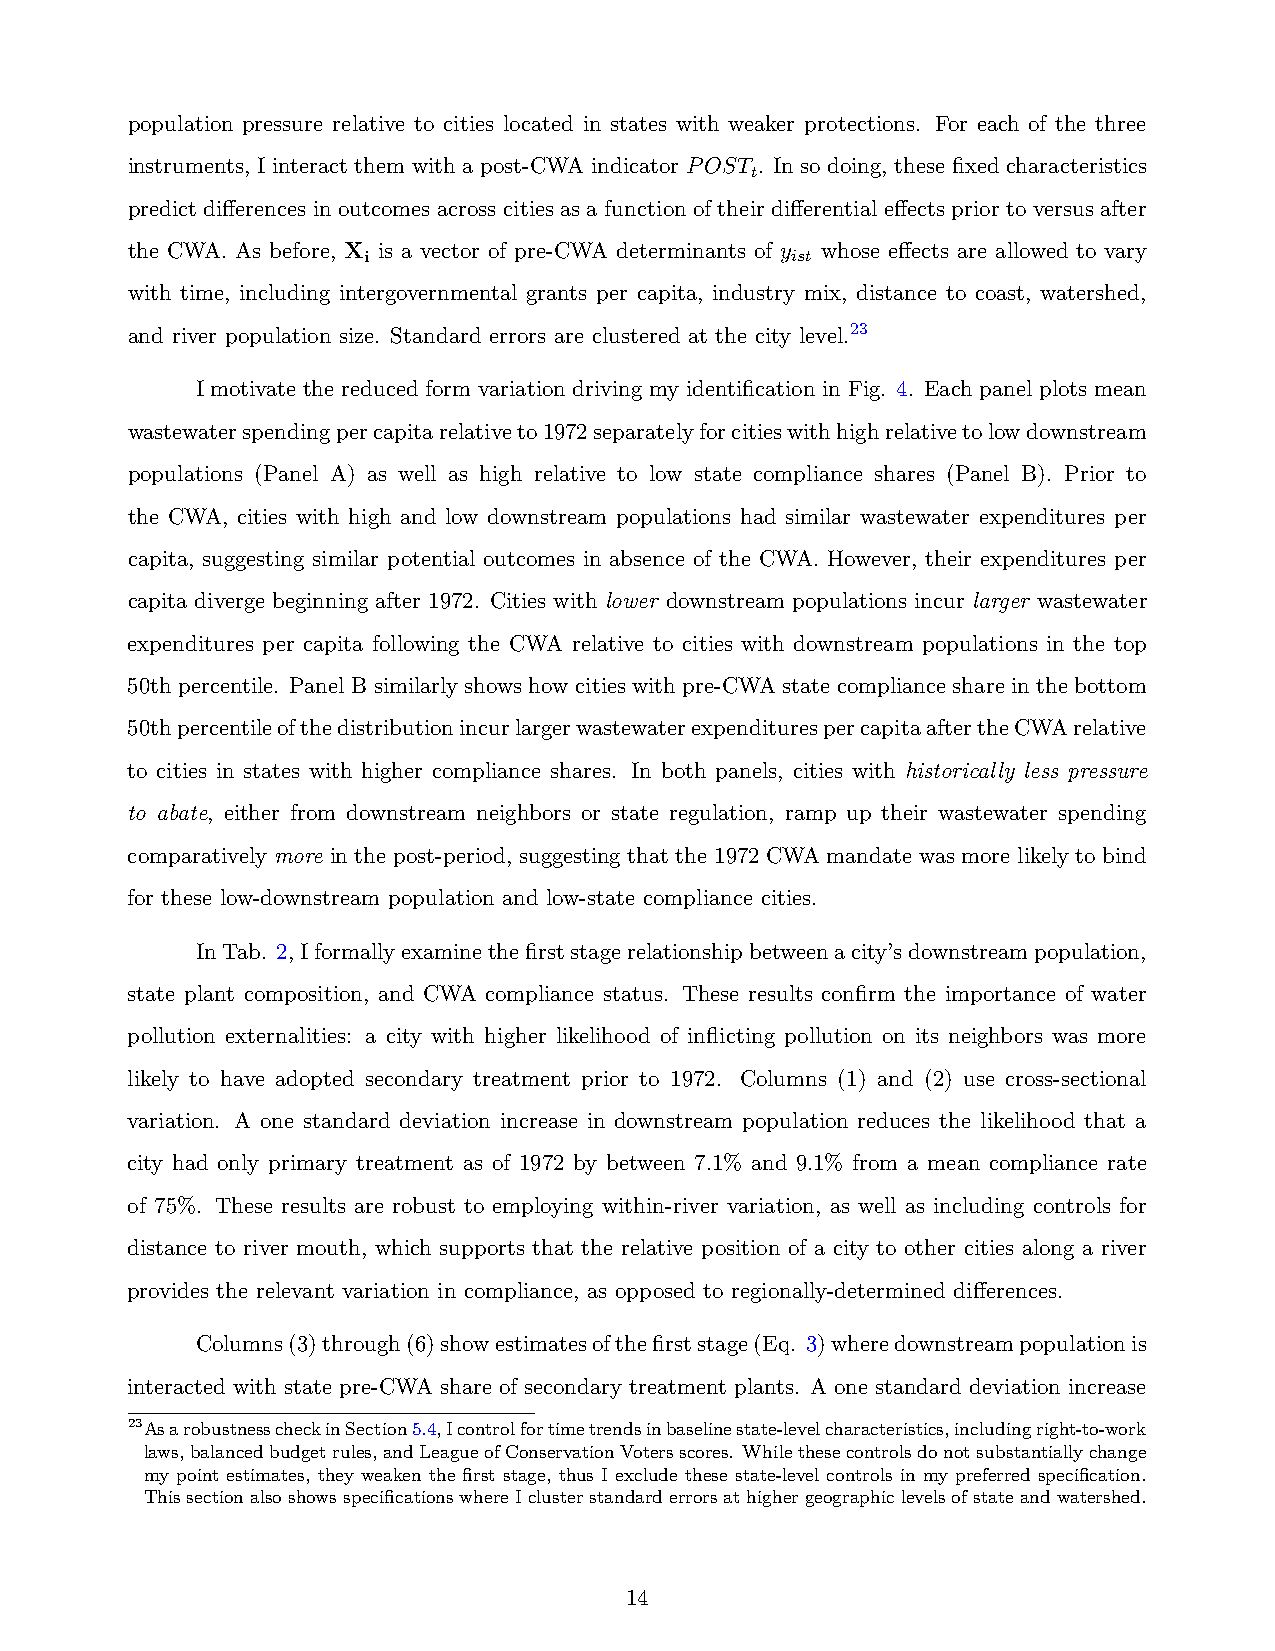
population pressure relative to cities located in states with weaker protections. For each of the three
 instruments, I interact them with a post-CWA indicator POST . In so doing, these fixed characteristics
 t
 predict differences in outcomes across cities as a function of their differential effects prior to versus after
 the CWA. As before, X is a vector of pre-CWA determinants of y whose effects are allowed to vary
 i                           ist
 with time, including intergovernmental grants per capita, industry mix, distance to coast, watershed,
 and river population size. Standard errors are clustered at the city level.23
 I motivate the reduced form variation driving my identification in Fig. 4. Each panel plots mean
 wastewaterspendingpercapitarelativeto1972separatelyforcitieswithhighrelativetolowdownstream
 populations (Panel A) as well as high relative to low state compliance shares (Panel B). Prior to
 the CWA, cities with high and low downstream populations had similar wastewater expenditures per
 capita, suggesting similar potential outcomes in absence of the CWA. However, their expenditures per
 capita diverge beginning after 1972. Cities with lower downstream populations incur larger wastewater
 expenditures per capita following the CWA relative to cities with downstream populations in the top
 50th percentile. Panel B similarly shows how cities with pre-CWA state compliance share in the bottom
 50thpercentileofthedistributionincurlargerwastewaterexpenditurespercapitaaftertheCWArelative
 to cities in states with higher compliance shares. In both panels, cities with historically less pressure
 to abate, either from downstream neighbors or state regulation, ramp up their wastewater spending
 comparatively more in the post-period, suggesting that the 1972 CWA mandate was more likely to bind
 for these low-downstream population and low-state compliance cities.
 InTab. 2,Iformallyexaminethefirststagerelationshipbetweenacity’sdownstreampopulation,
 state plant composition, and CWA compliance status. These results confirm the importance of water
 pollution externalities: a city with higher likelihood of inflicting pollution on its neighbors was more
 likely to have adopted secondary treatment prior to 1972. Columns (1) and (2) use cross-sectional
 variation. A one standard deviation increase in downstream population reduces the likelihood that a
 city had only primary treatment as of 1972 by between 7.1% and 9.1% from a mean compliance rate
 of 75%. These results are robust to employing within-river variation, as well as including controls for
 distance to river mouth, which supports that the relative position of a city to other cities along a river
 provides the relevant variation in compliance, as opposed to regionally-determined differences.
 Columns(3)through(6)showestimatesofthefirststage(Eq. 3)wheredownstreampopulationis
 interacted with state pre-CWA share of secondary treatment plants. A one standard deviation increase
 23AsarobustnesscheckinSection5.4,Icontrolfortimetrendsinbaselinestate-levelcharacteristics,includingright-to-work
 laws,balancedbudgetrules,andLeagueofConservationVotersscores. Whilethesecontrolsdonotsubstantiallychange
 my point estimates, they weaken the first stage, thus I exclude these state-level controls in my preferred specification.
 ThissectionalsoshowsspecificationswhereIclusterstandarderrorsathighergeographiclevelsofstateandwatershed.
 14